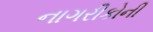
નાગરીકોની